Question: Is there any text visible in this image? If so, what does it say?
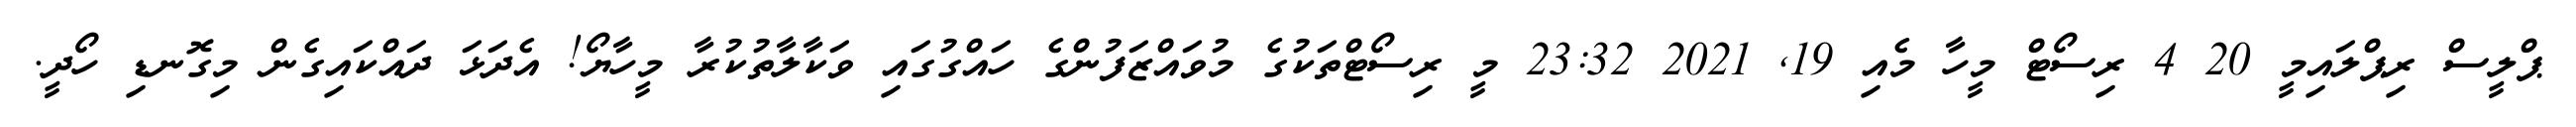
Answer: ޕްލީސް ރިޕްލައިމީ 20 4 ރިސޯޓް މީހާ މެއި 19, 2021 23:32 މީ ރިސޯޓްތަކުގެ މުވައްޒަފުންގެ ހައްގުގައި ވަކާލާތުކުރާ މީހާޔޯ! އެދަޅަ ދައްކައިގެން މިގޮނޑި ހޯދީ.